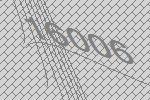
16006